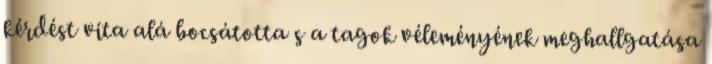
kérdést vita alá bocsátotta s a tagok véleményének meghallgatása